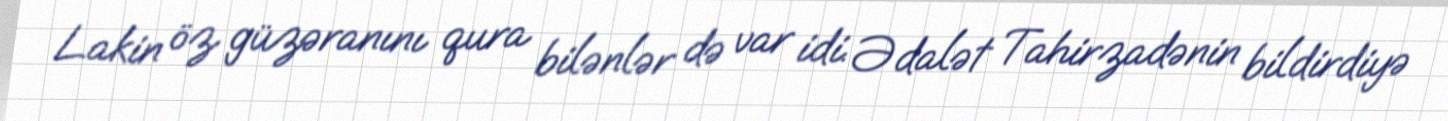
Lakin öz güzəranını qura bilənlər də var idi. Ədalət Tahirzadənin bildirdiyə